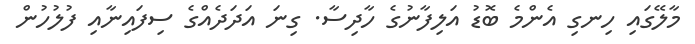
މާލޭގައި ހިނގި އެންމެ ބޮޑު އަލިފާނުގެ ހާދިސާ. ގިނަ އަދަދެއްގެ ސިފައިނާއި ފުލުހުން